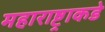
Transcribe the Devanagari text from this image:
महाराष्ट्राकडे